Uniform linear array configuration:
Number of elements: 48
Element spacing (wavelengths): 0.75
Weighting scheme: exponential
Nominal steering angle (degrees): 45
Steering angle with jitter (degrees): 44.813
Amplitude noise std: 0.05
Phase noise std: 0.05

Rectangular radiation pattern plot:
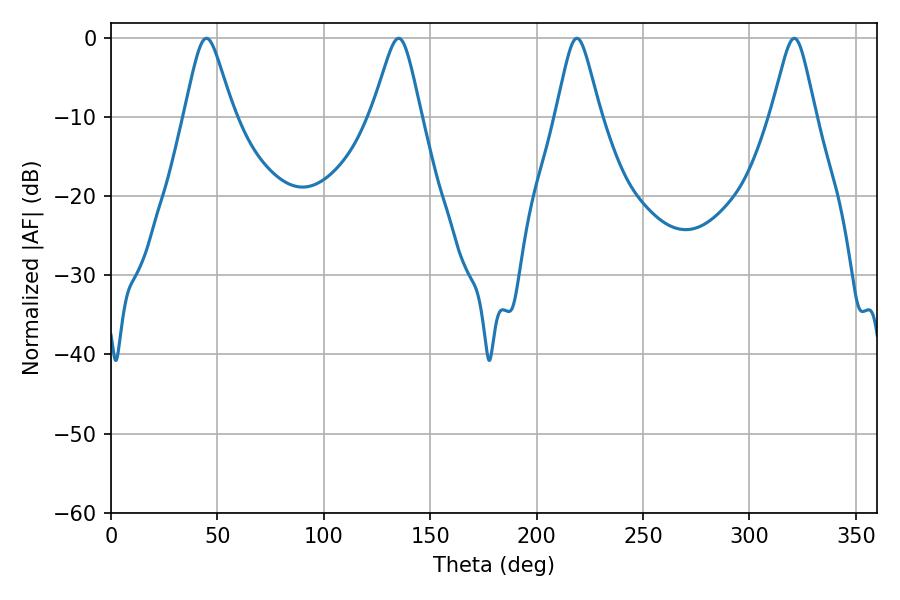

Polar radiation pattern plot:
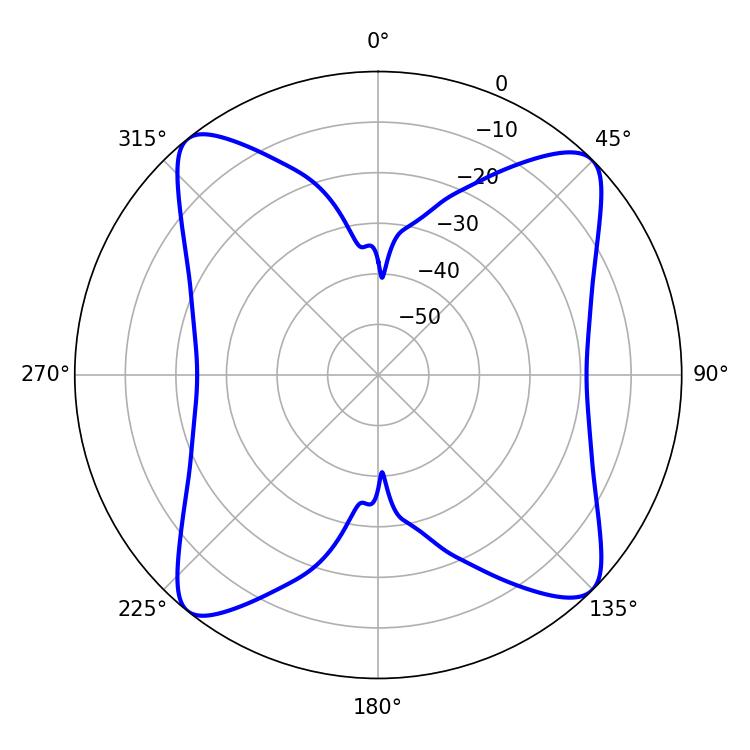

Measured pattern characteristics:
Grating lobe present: TRUE
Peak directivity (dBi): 14.303
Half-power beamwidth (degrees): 10.98
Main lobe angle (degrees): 44.82